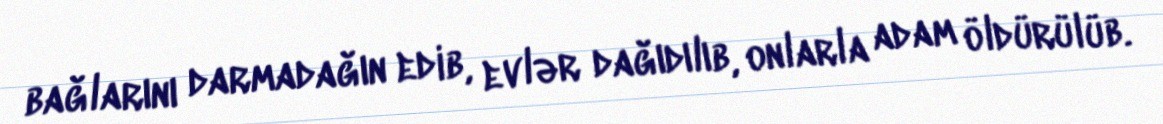
bağlarını darmadağın edib, evlər dağıdılıb, onlarla adam öldürülüb.